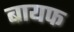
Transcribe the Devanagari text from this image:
बायफ